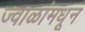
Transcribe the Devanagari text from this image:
ज्वाळांमधून